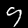
Label: 9